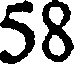
58